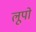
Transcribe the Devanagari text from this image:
लूपो